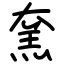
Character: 㚠